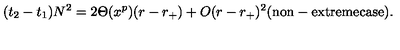
( t _ { 2 } - t _ { 1 } ) N ^ { 2 } = 2 \Theta ( x ^ { p } ) ( r - r _ { + } ) + O ( r - r _ { + } ) ^ { 2 } \mathrm { ( n o n - e x t r e m e c a s e ) } .